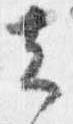
去